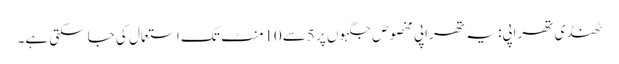
ٹھنڈی تھراپی: یہ تھراپی مخصوص جگہوں پر 5سے10منٹ تک استعمال کی جاسکتی ہے۔